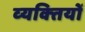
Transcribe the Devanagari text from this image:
व्‍यक्‍ितयों